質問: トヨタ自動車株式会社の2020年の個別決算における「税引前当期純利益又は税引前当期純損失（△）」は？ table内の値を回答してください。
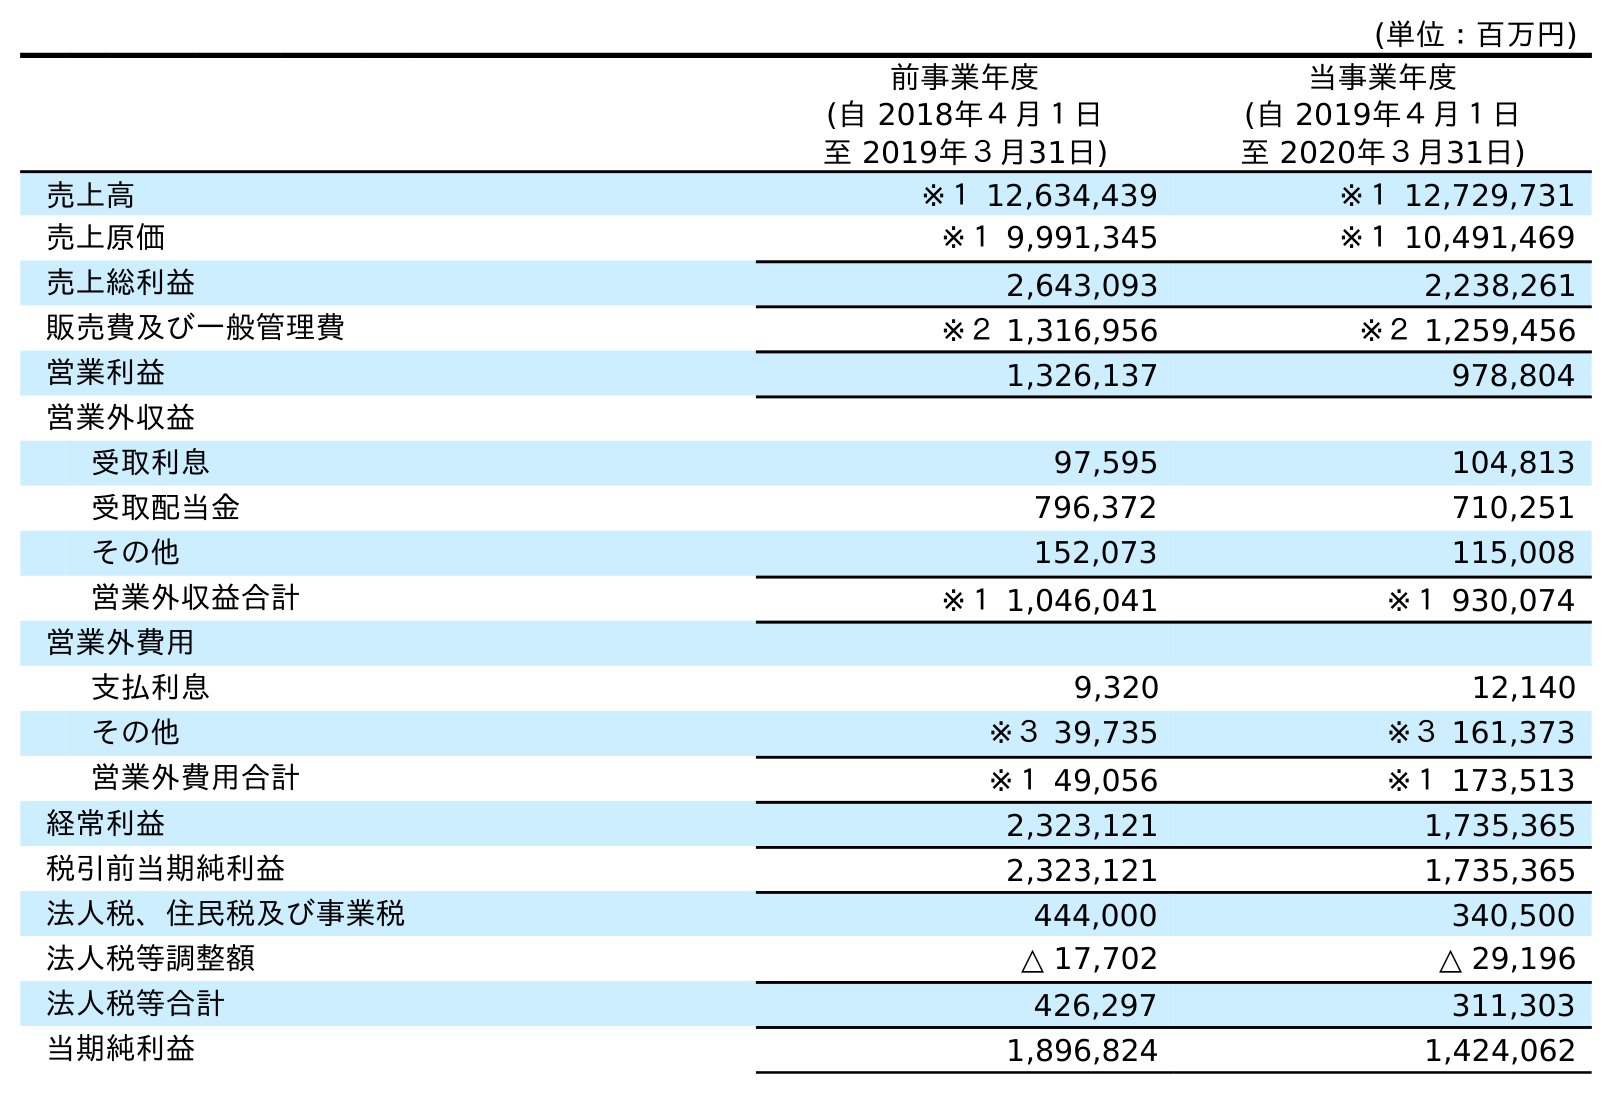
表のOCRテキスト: (単位：百万円) 前事業年度 (自 2018年４月１日 至 2019年３月31日) 当事業年度 (自 2019年４月１日 至 2020年３月31日) 売上高 ※１ 12,634,439 ※１ 12,729,731 売上原価 ※１ 9,991,345 ※１ 10,491,469 売上総利益 2,643,093 2,238,261 販売費及び一般管理費 ※２ 1,316,956 ※２ 1,259,456 営業利益 1,326,137 978,804 営業外収益 受取利息 97,595 104,813 受取配当金 796,372 710,251 その他 152,073 115,008 営業外収益合計 ※１ 1,046,041 ※１ 930,074 営業外費用 支払利息 9,320 12,140 その他 ※３ 39,735 ※３ 161,373 営業外費用合計 ※１ 49,056 ※１ 173,513 経常利益 2,323,121 1,735,365 税引前当期純利益 2,323,121 1,735,365 法人税、住民税及び事業税 444,000 340,500 法人税等調整額 △ 17,702 △ 29,196 法人税等合計 426,297 311,303 当期純利益 1,896,824 1,424,062
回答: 1,735,365